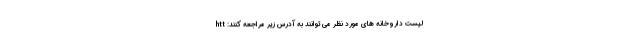
لیست داروخانه های مورد نظر می توانند به آدرس زیر مراجعه کنند: htt